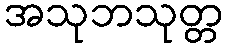
အသုဘသုတ္တ